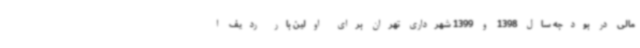
مالی در بودجه سال 1398 و 1399 شهرداری تهران برای اولین بار ردیف ا